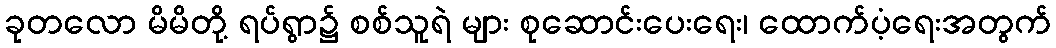
ခုတလော မိမိတို့ ရပ်ရွာ၌ စစ်သူရဲ များ စုဆောင်းပေးရေး၊ ထောက်ပံ့ရေးအတွက်